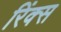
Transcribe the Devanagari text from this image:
रिंक्स